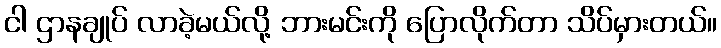
ငါ ဌာနချုပ် လာခဲ့မယ်လို့ ဘားမင်းကို ပြောလိုက်တာ သိပ်မှားတယ်။